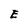
Character: E